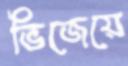
ভিজেয়ে